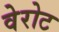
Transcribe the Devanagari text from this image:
वेरोट